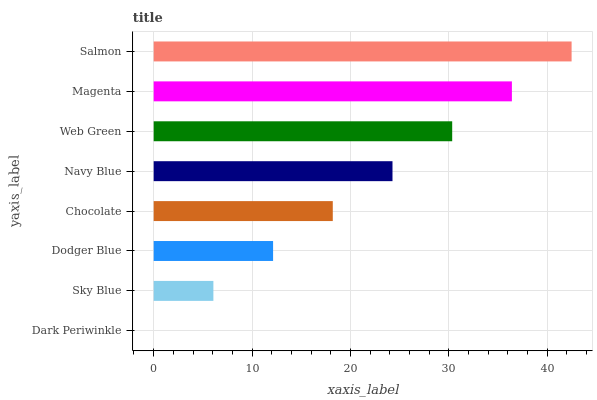
| yaxis_label | bars |
 | --- | --- |
 | Dark Periwinkle | 0 |
 | Sky Blue | 6.07 |
 | Dodger Blue | 12.1 |
 | Chocolate | 18.2 |
 | Navy Blue | 24.3 |
 | Web Green | 30.3 |
 | Magenta | 36.4 |
 | Salmon | 42.5 |